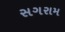
સગરામ